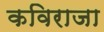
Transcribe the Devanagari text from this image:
कविराजा